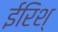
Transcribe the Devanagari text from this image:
ईरिश्